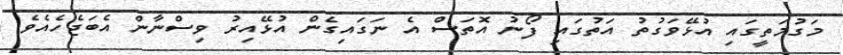
މަގުމަތީގައި އުޅޭވަގުތު އަތުގައި ފޯނު އޮތަސް އެ ނަގައިގެން އުޅޭއިރު ވިސްނާން އެބަޖެހެއެވެ.